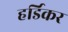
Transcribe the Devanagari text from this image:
हर्डिकर